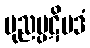
ပုညပ္ပဋိပဒံ